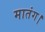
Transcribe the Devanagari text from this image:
मातंग।